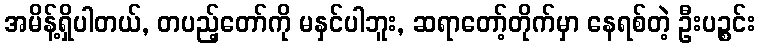
အမိန့်ရှိပါတယ်, တပည့်တော်ကို မနှင်ပါဘူး, ဆရာတော့်တိုက်မှာ နေရစ်တဲ့ ဦးပဉ္စင်း